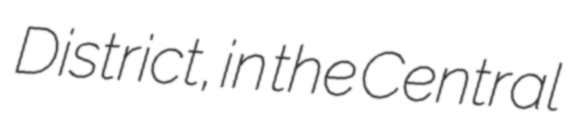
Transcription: District, in the Central